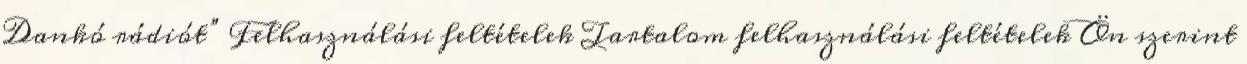
Dankó rádiót” Felhasználási feltételek Tartalom felhasználási feltételek Ön szerint